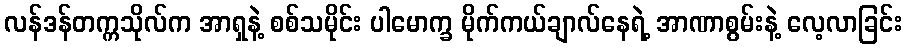
လန်ဒန်တက္ကသိုလ်က အာရှနဲ့ စစ်သမိုင်း ပါမောက္ခ မိုက်ကယ်ချာလ်နေရဲ့ အာဏာစွမ်းနဲ့ လေ့လာခြင်း